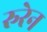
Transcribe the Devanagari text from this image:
रुरेन